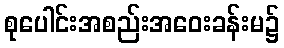
စုပေါင်းအစည်းအဝေးခန်းမ၌